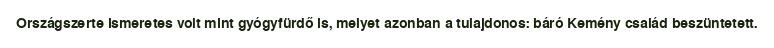
Országszerte ismeretes volt mint gyógyfürdő is, melyet azonban a tulajdonos: báró Kemény család beszüntetett.